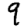
Digit: 9